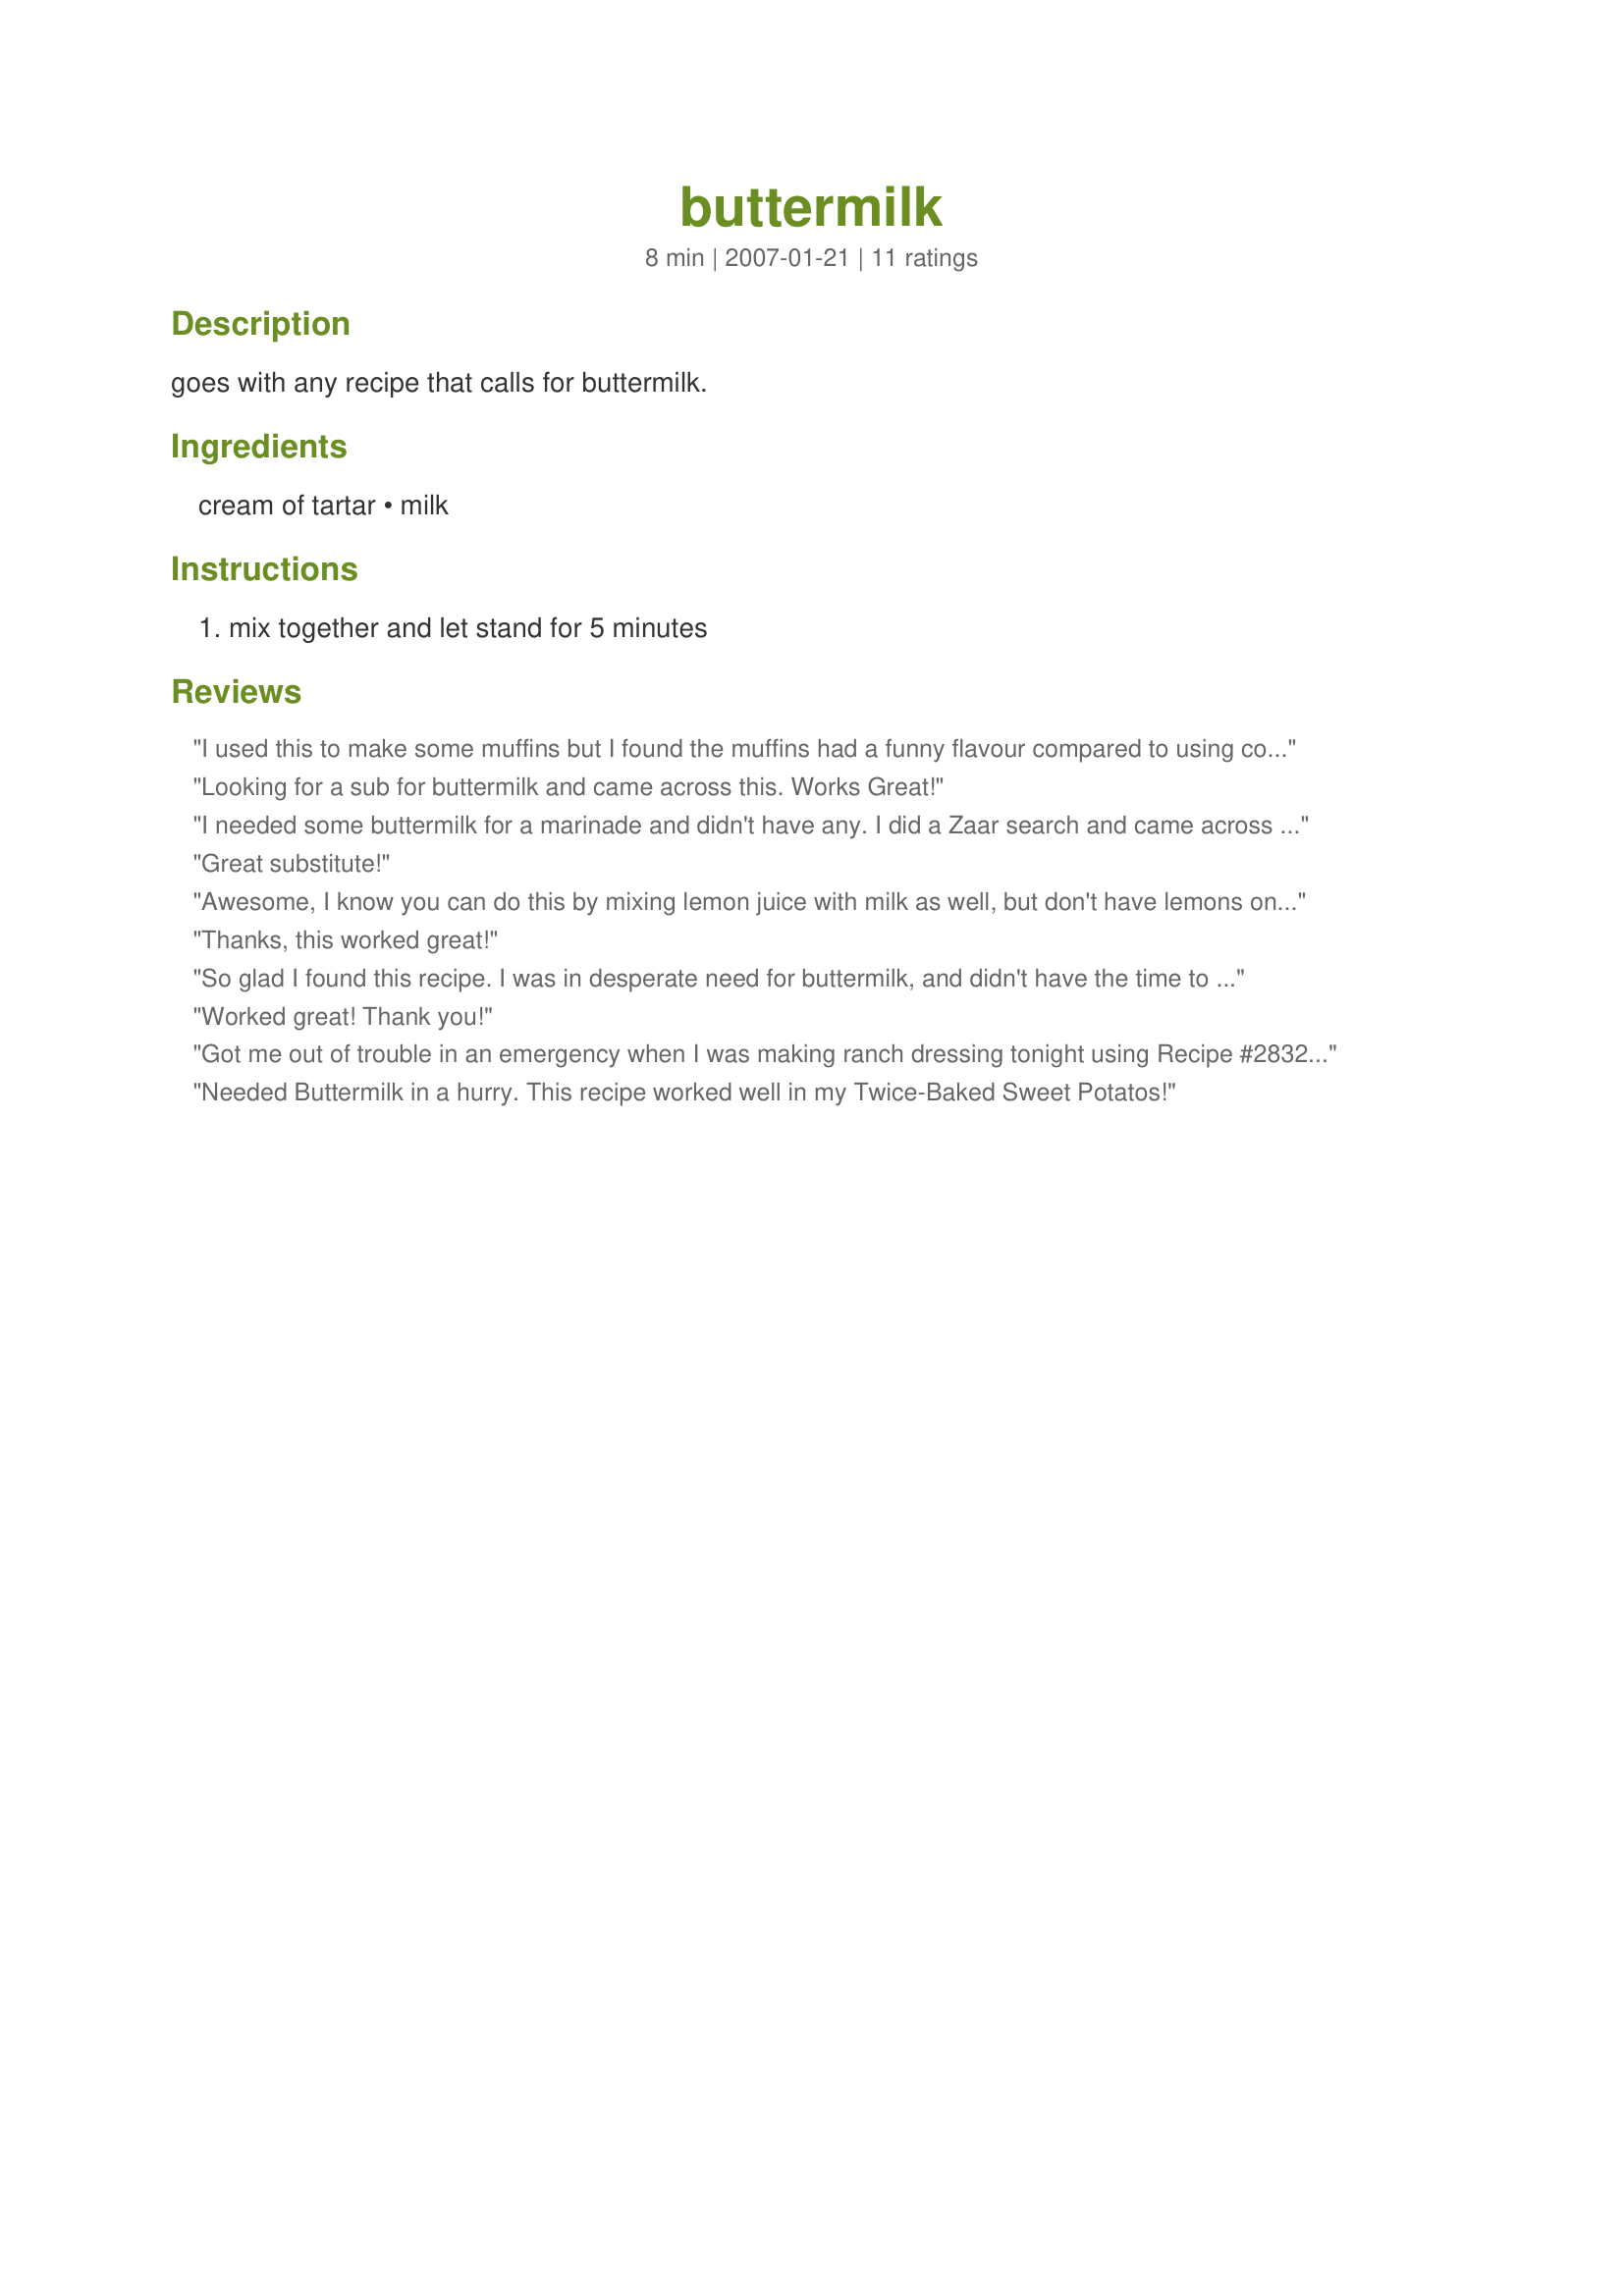
buttermilk
Preparation time: 8 minutes

goes with any recipe that calls for buttermilk.

Ingredients:
cream of tartar, milk

Steps:
mix together and let stand for 5 minutes

Reviews:
I used this to make some muffins but I found the muffins had a funny flavour compared to using commercial buttermilk, this is great for when you're desperate though, thanks!
Looking for a sub for buttermilk and came across this. Works Great!
I needed some buttermilk for a marinade and didn't have any. I did a Zaar search and came across this recipe. It worked really well. Thanks a bunch #1 Baker.
Great substitute!
Awesome, I know you can do this by mixing lemon juice with milk as well, but don't have lemons on hand very often, and I never know what to use cream of tartar for except beating egg whites. 
Thanks #1 Baker!
Thanks, this worked great!
So glad I found this recipe. I was in desperate need for buttermilk, and didn't have the time to run to town just for such an ingredient. This did the job exactly, and was perfect for the brine I was using. I doubled this ~ and was able to brine away. Perfect!
Worked great! Thank you!
Got me out of trouble in an emergency when I was making ranch dressing tonight using Recipe #28324, but like Mandy the dressing had a slightly funny flavour. Thanks for sharing this lifesaver.
Needed Buttermilk in a hurry. This recipe worked well in my Twice-Baked Sweet Potatos!
Just a comment because I have not tried this - usually have buttermilk on hand. The other alternative (which I have used quite often) is vinegar and whole milk. This works very well and no funny taste.
